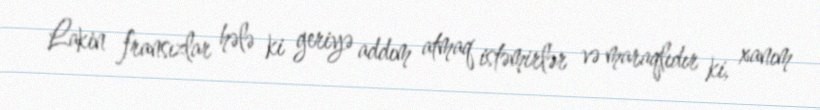
Lakin fransızlar hələ ki geriyə addım atmaq istəmirlər və maraqlıdır ki, xanım